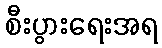
စီးပွားရေးအရ